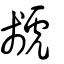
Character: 虦